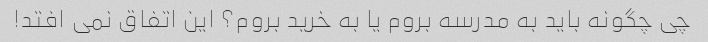
چی چگونه باید به مدرسه بروم یا به خرید بروم؟ این اتفاق نمی افتد!